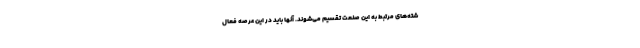
شته‌های مرتبط به این صنعت تقسیم می‌شوند. آنها باید در این عرصه فعال